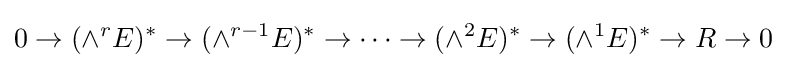
0\to (\wedge ^{r}E)^{*}\to (\wedge ^{r-1}E)^{*}\to \cdots \to (\wedge ^{2}E)^{*}\to (\wedge ^{1}E)^{*}\to R\to 0